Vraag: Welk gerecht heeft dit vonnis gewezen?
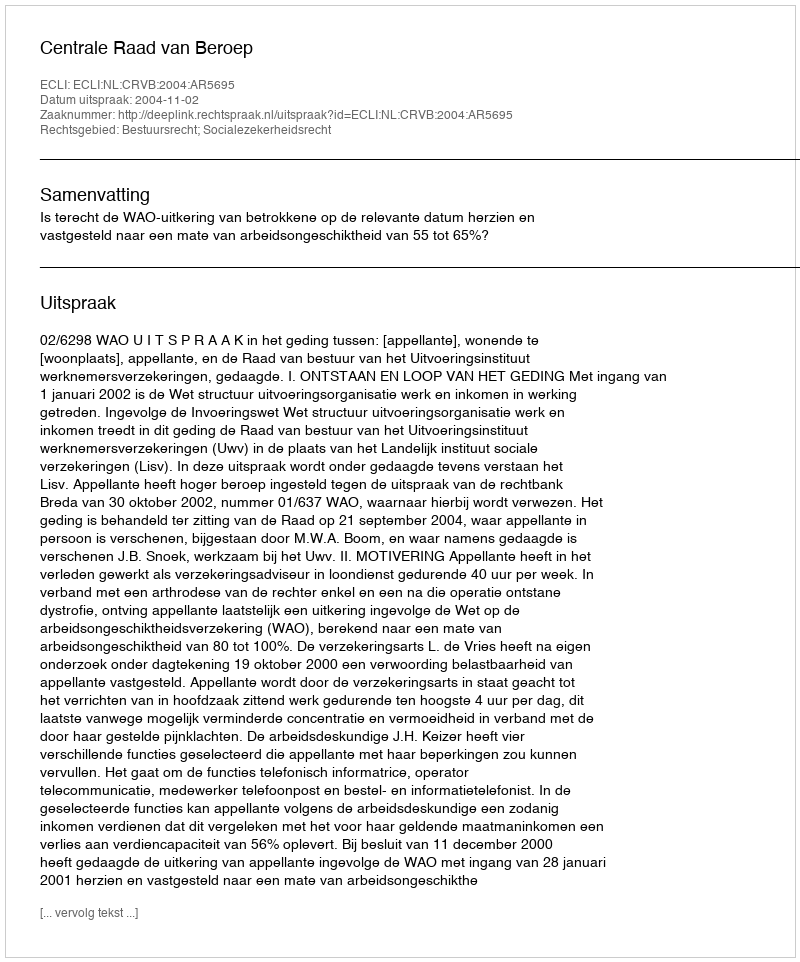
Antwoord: Centrale Raad van Beroep